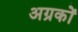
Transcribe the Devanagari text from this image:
अग्रकों